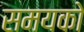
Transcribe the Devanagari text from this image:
समयको